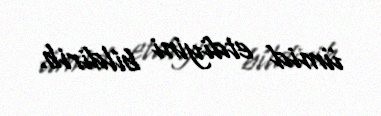
ümid etdiyini bildirib.